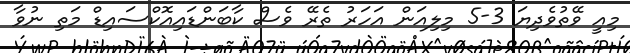
މިއީ ވޭތުވެދިޔަ 3-5 މިލިއަން އަހަރު ތެރޭ ވެސް ކާބަންޑައިއޮކްސައިޑް މަތި ނުވާ